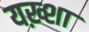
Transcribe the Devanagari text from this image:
यख़्शा